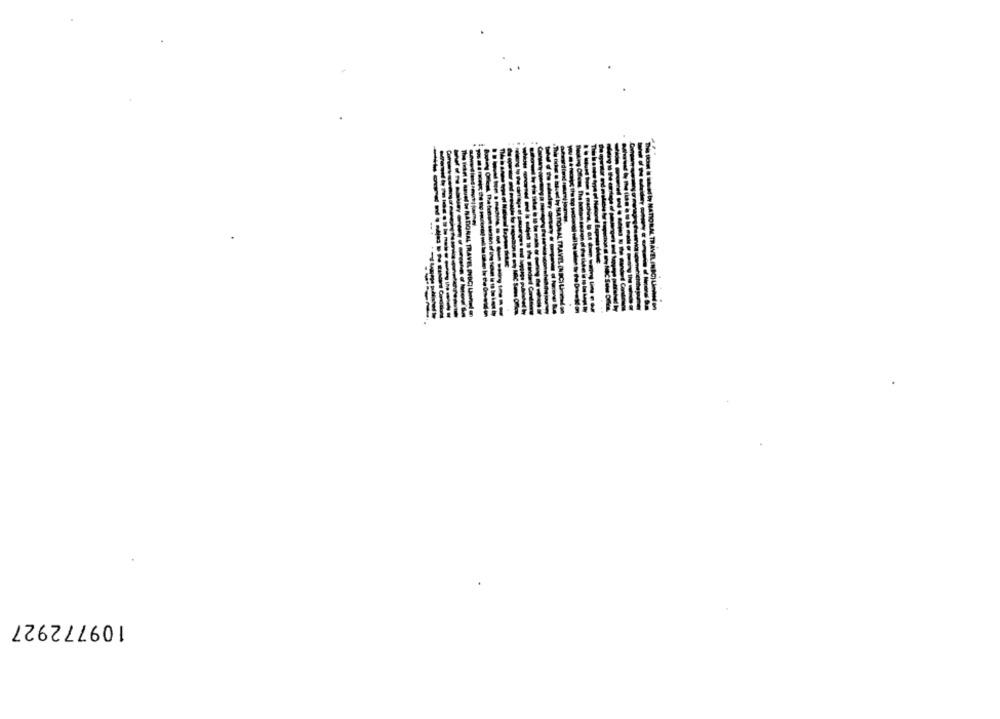
L TRAVEL
109772927